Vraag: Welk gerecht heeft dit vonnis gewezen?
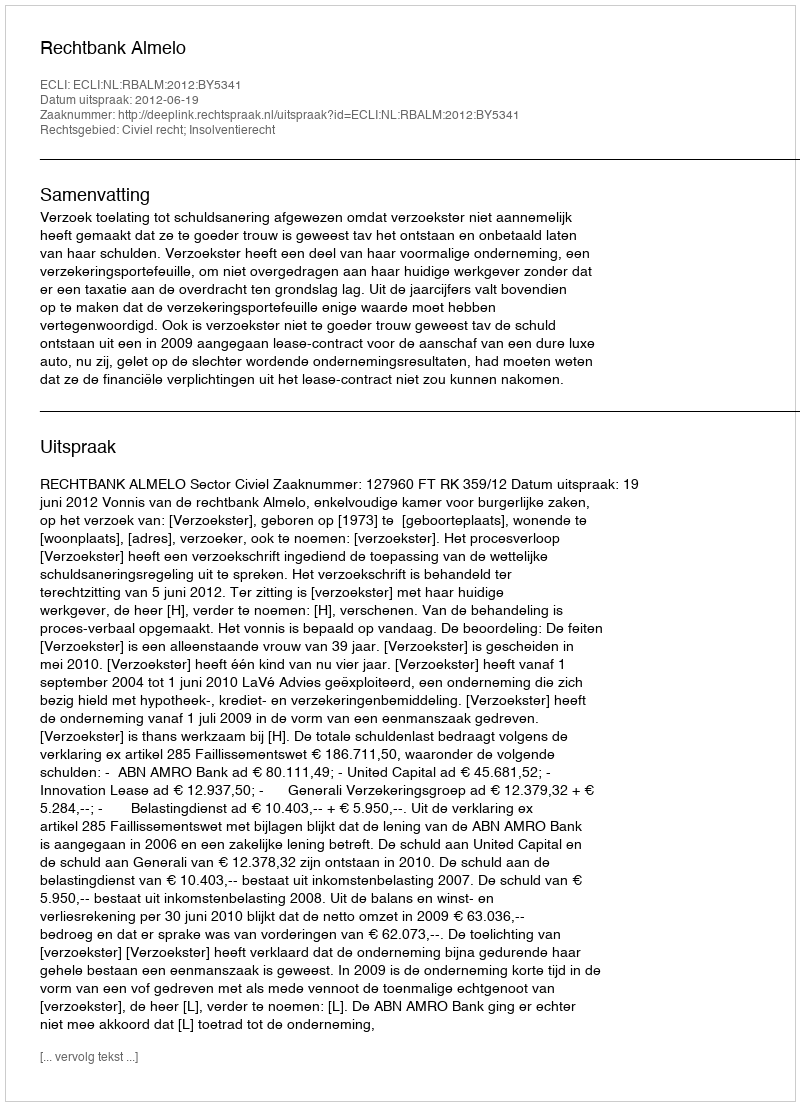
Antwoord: Rechtbank Almelo